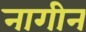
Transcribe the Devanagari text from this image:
नागीन